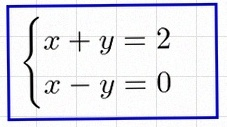
\begin{cases}x+y=2\\x-y=0\end{cases}